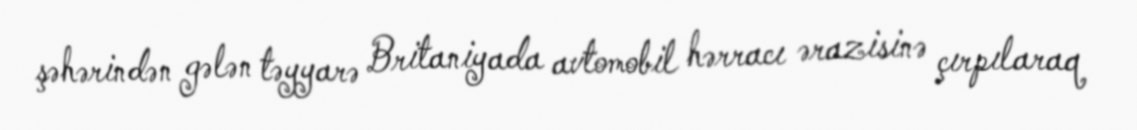
şəhərindən gələn təyyarə Britaniyada avtomobil hərracı ərazisinə çırpılaraq